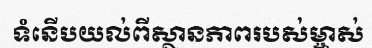
ទំនើបយល់ពីស្ថានភាពរបស់ម្ចាស់